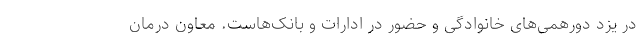
در یزد دورهمی‌های خانوادگی و حضور در ادارات و بانک‌هاست. معاون درمان